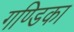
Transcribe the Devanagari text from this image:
गण्डिका